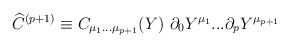
\begin{align*}{\widehat C}^{(p+1)} \equiv C_{\mu_1...\mu_{p+1}}(Y)\ \partial_{0} Y^{\mu_1} ... \partial_{{p}}Y^{\mu_{p+1}}\end{align*}